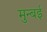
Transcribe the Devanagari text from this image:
मुन्बई